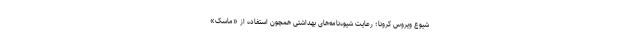
شیوع ویروس کرونا؛ رعایت شیوه‌نامه‌های بهداشتی همچون استفاده از «ماسک»